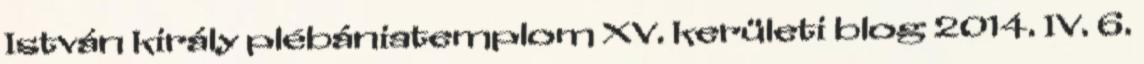
István király plébániatemplom XV. kerületi blog 2014. IV. 6.